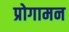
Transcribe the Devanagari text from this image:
प्रोगामन